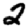
Digit: 2